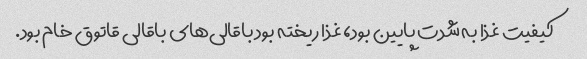
کیفیت غذا به شدت پایین بود، غذا ریخته بود باقالی‌های باقالی قاتوق خام بود.